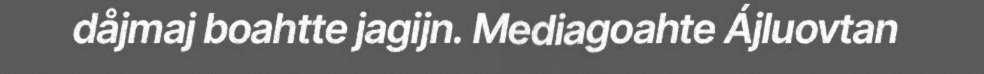
dåjmaj boahtte jagijn. Mediagoahte Ájluovtan